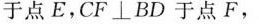
于点E，CF\botBD于点F，